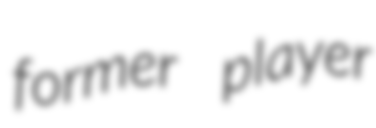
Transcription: former player